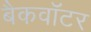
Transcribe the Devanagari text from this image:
बैकवॉटर